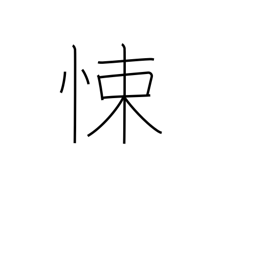
Meaning: fear